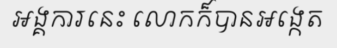
អង្គការនេះ លោកក៏បានអង្កេត